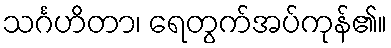
သင်္ဂဟိတာ၊ ရေတွက်အပ်ကုန်၏။